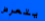
يتعرض